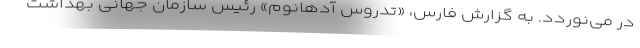
در می‌نوردد. به گزارش فارس، «تدروس آدهانوم» رئیس سازمان جهانی بهداشت